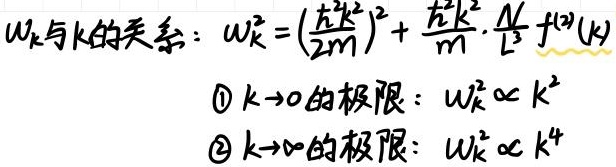
\(w_{k}\)与\(k\)的关系：\(w_{k}^{2}=(\frac{\hbar^{2}k^{2}}{2m})^{2}+\frac{\hbar^{2}k^{2}}{m}\cdot\frac{N}{L^{3}}\widetilde{f^{(2)}(k)}\)
\textcircled{1} \(k \to 0\)的极限：\(w_{k}^{2} \propto k^{2}\)
\textcircled{2} \(k \to \infty\)的极限：\(w_{k}^{2} \propto k^{4}\)